Lyperosia minuta, Bezzi - Number 59
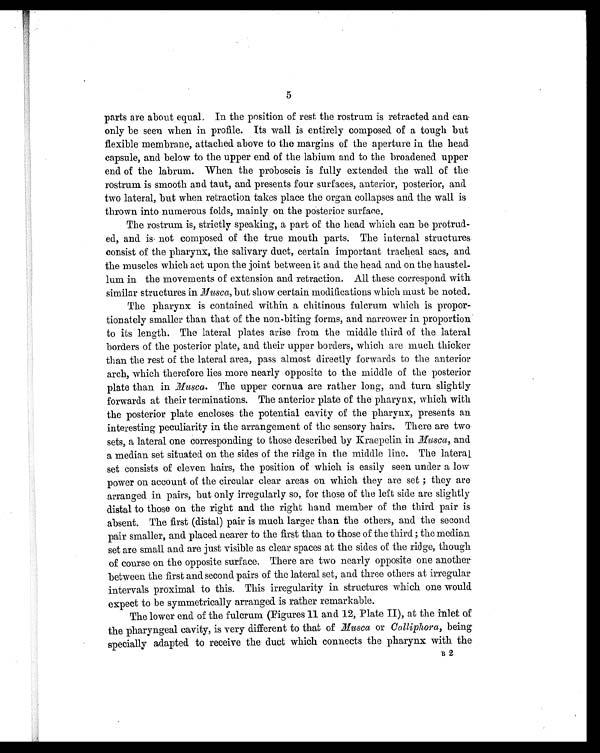
5
parts are about equal. In the position of rest the rostrum is retracted and can
only be seen when in profile. Its wall is entirely composed of a tough but
flexible membrane, attached above to the margins of the aperture in the head
capsule, and below to the upper end of the labium and to the broadened upper
end of the labrum. When the proboscis is fully extended the wall of the
rostrum is smooth and taut, and presents four surfaces, anterior, posterior, and
two lateral, but when retraction takes place the organ collapses and the wall is
thrown into numerous folds, mainly on the posterior surface.
The rostrum is, strictly speaking, a part of the head which can be protrud-
ed, and is not composed of the true mouth parts. The internal structures
consist of the pharynx, the salivary duct, certain important tracheal sacs, and
the muscles which act upon the joint between it and the head and on the haustel-
lum in the movements of extension and retraction. All these correspond with
similar structures in Musca, but show certain modifications which must be noted.
The pharynx is contained within a chitinous fulcrum which is propor-
tionately smaller than that of the non-biting forms, and narrower in proportion
to its length. The lateral plates arise from the middle third of the lateral
borders of the posterior plate, and their upper borders, which are much thicker
than the rest of the lateral area, pass almost directly forwards to the anterior
arch, which therefore lies more nearly opposite to the middle of the posterior
plate than in Musca. The upper cornua are rather long, and turn slightly
forwards at their terminations. The anterior plate of the pharynx, which with
the posterior plate encloses the potential cavity of the pharynx, presents an
interesting peculiarity in the arrangement of the sensory hairs. There are two
sets, a lateral one corresponding to those described by Kraepelin in Musca, and
a median set situated on the sides of the ridge in the middle line. The lateral
set consists of eleven hairs, the position of which is easily seen under a low
power on account of the circular clear areas on which they are set; they are
arranged in pairs, but only irregularly so, for those of the left side are slightly
distal to those on the right and the right hand member of the third pair is
absent. The first (distal) pair is much larger than the others, and the second
pair smaller, and placed nearer to the first than to those of the third; the median
set are small and are just visible as clear spaces at the sides of the ridge, though
of course on the opposite surface. There are two nearly opposite one another
between the first and second pairs of the lateral set, and three others at irregular
intervals proximal to this. This irregularity in structures which one would
expect to be symmetrically arranged is rather remarkable.
The lower end of the fulcrum (Figures 11 and 12, Plate II), at the inlet of
the pharyngeal cavity, is very different to that of Musca or Calliphora, being
specially adapted to receive the duct which connects the pharynx with the
B 2